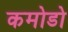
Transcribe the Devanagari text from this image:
कमोडो